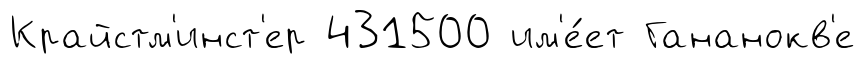
Крайстм'инст'ер 431500 им'е́ет Гананокв'е